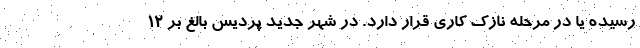
رسیده یا در مرحله نازک کاری قرار دارد. در شهر جدید پردیس بالغ بر ۱۲